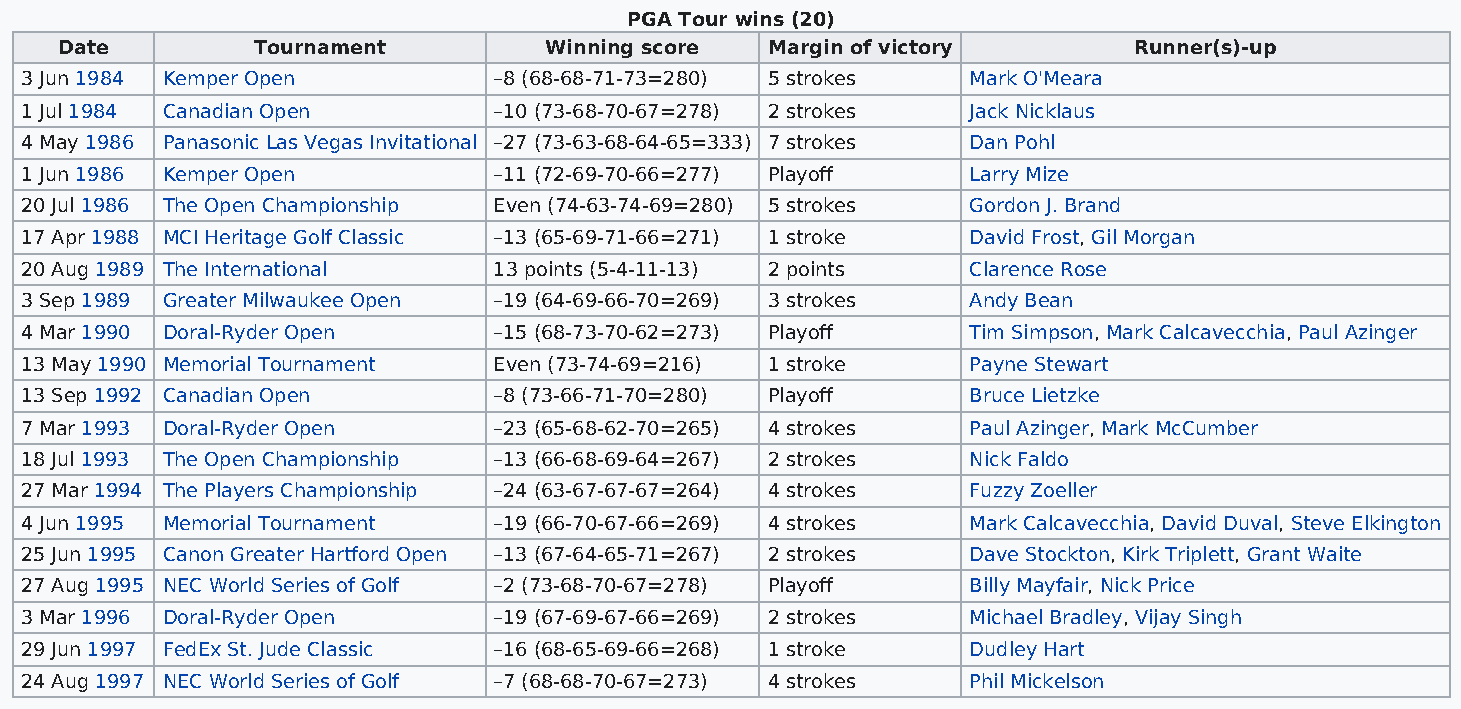
PGA Tour wins (20)
 Date         Tournament         Winning score  Margin of victory       Runner(s)-up
 3 Jun 1984 Kemper Open          –8 (68-68-71-73=280) 5 strokes Mark O'Meara
 1 Jul 1984 Canadian Open        –10 (73-68-70-67=278) 2 strokes Jack Nicklaus
 4 May 1986 Panasonic Las Vegas Invitational –27 (73-63-68-64-65=333) 7 strokes Dan Pohl
 1 Jun 1986 Kemper Open          –11 (72-69-70-66=277) Playoff  Larry Mize
 20 Jul 1986 The Open Championship Even (74-63-74-69=280) 5 strokes Gordon J. Brand
 17 Apr 1988 MCI Heritage Golf Classic –13 (65-69-71-66=271) 1 stroke David Frost, Gil Morgan
 20 Aug 1989 The International   13 points (5-4-11-13) 2 points Clarence Rose
 3 Sep 1989 Greater Milwaukee Open –19 (64-69-66-70=269) 3 strokes Andy Bean
 4 Mar 1990 Doral-Ryder Open     –15 (68-73-70-62=273) Playoff  Tim Simpson, Mark Calcavecchia, Paul Azinger
 13 May 1990 Memorial Tournament Even (73-74-69=216) 1 stroke   Payne Stewart
 13 Sep 1992 Canadian Open       –8 (73-66-71-70=280) Playoff   Bruce Lietzke
 7 Mar 1993 Doral-Ryder Open     –23 (65-68-62-70=265) 4 strokes Paul Azinger, Mark McCumber
 18 Jul 1993 The Open Championship –13 (66-68-69-64=267) 2 strokes Nick Faldo
 27 Mar 1994 The Players Championship –24 (63-67-67-67=264) 4 strokes Fuzzy Zoeller
 4 Jun 1995 Memorial Tournament  –19 (66-70-67-66=269) 4 strokes Mark Calcavecchia, David Duval, Steve Elkington
 25 Jun 1995 Canon Greater Hartford Open –13 (67-64-65-71=267) 2 strokes Dave Stockton, Kirk Triplett, Grant Waite
 27 Aug 1995 NEC World Series of Golf –2 (73-68-70-67=278) Playoff Billy Mayfair, Nick Price
 3 Mar 1996 Doral-Ryder Open     –19 (67-69-67-66=269) 2 strokes Michael Bradley, Vijay Singh
 29 Jun 1997 FedEx St. Jude Classic –16 (68-65-69-66=268) 1 stroke Dudley Hart
 24 Aug 1997 NEC World Series of Golf –7 (68-68-70-67=273) 4 strokes Phil Mickelson